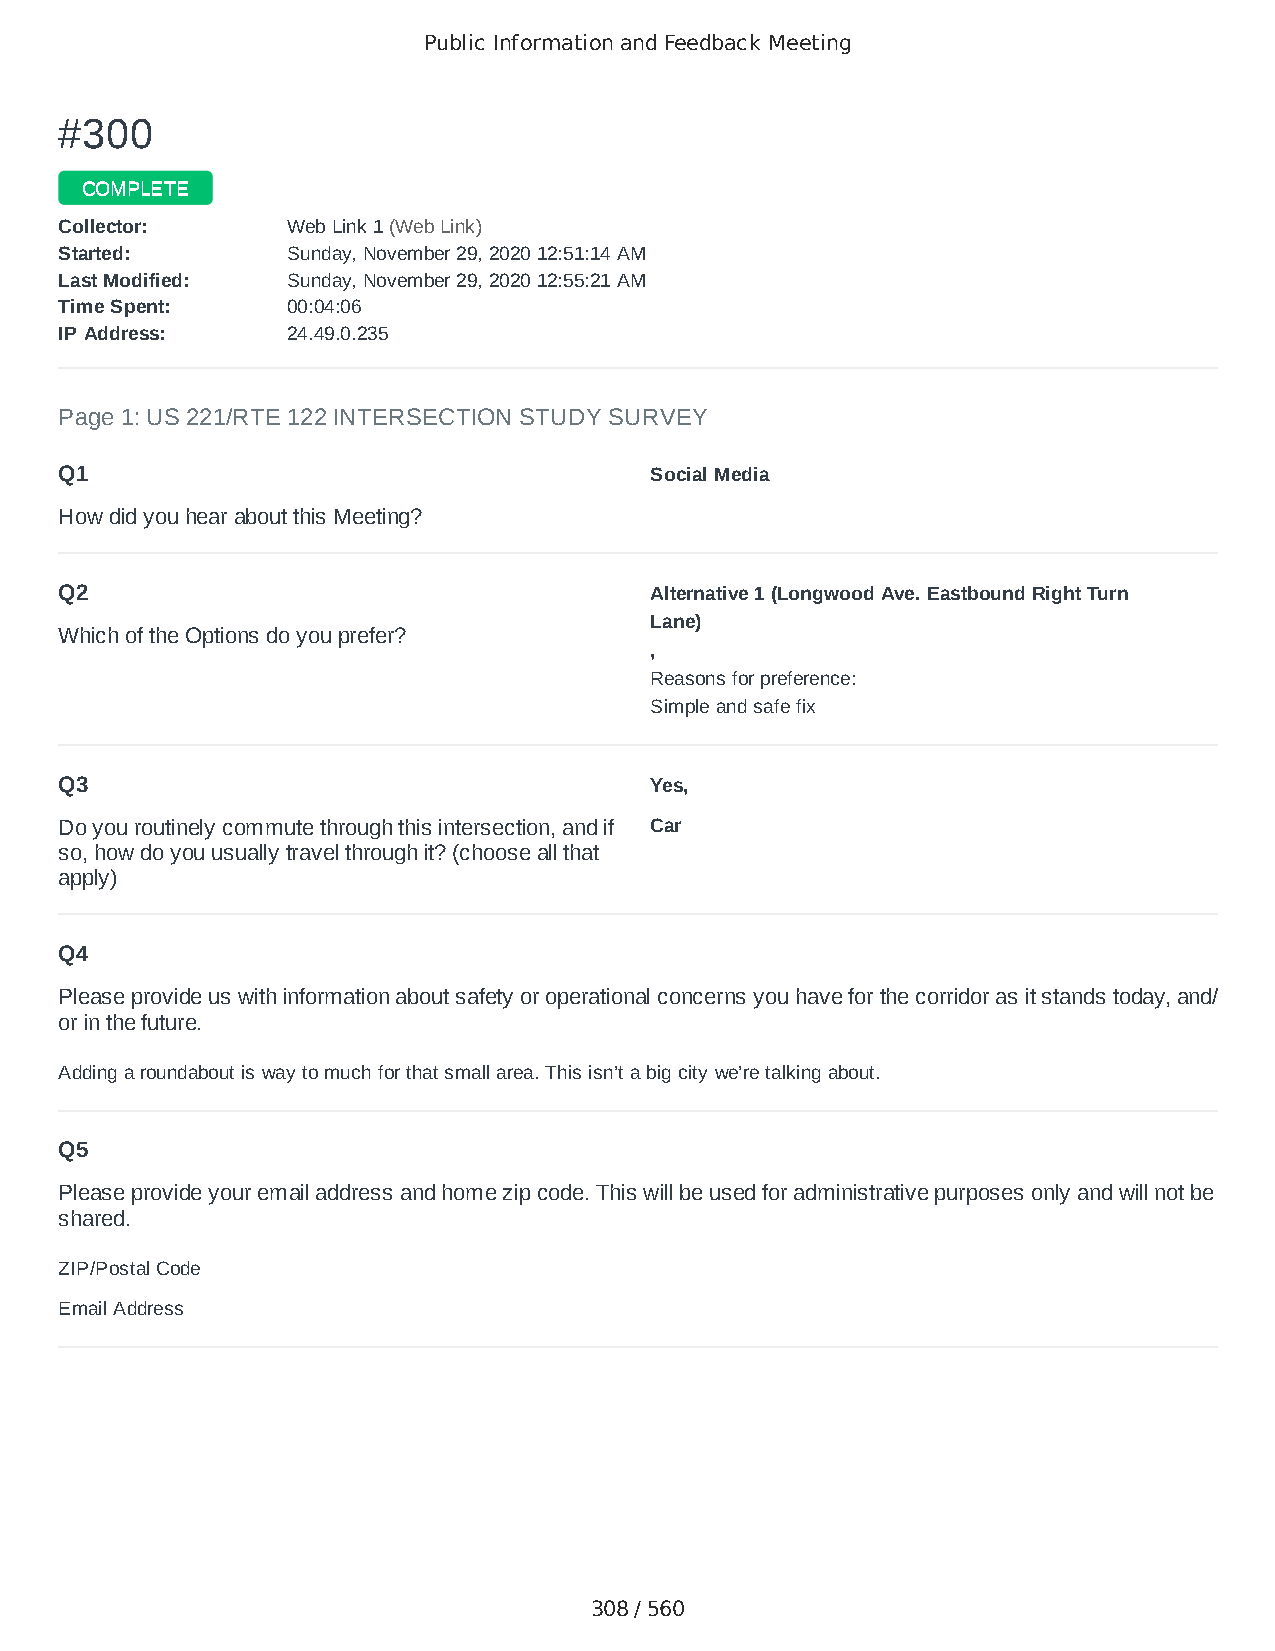
Public Information and Feedback Meeting
 ##330000
 CCOOMMPPLLEETTEE
 CCoolllleeccttoorr:: WWeebb LLiinnkk 11 ((WWeebb LLiinnkk))
 SSttaarrtteedd:: SSuunnddaayy,, NNoovveemmbbeerr 2299,, 22002200 1122::5511::1144 AAMM
 LLaasstt MMooddiiffiieedd:: SSuunnddaayy,, NNoovveemmbbeerr 2299,, 22002200 1122::5555::2211 AAMM
 TTiimmee SSppeenntt:: 0000::0044::0066
 IIPP AAddddrreessss:: 2244..4499..00..223355
 Page 1: US 221/RTE 122 INTERSECTION STUDY SURVEY
 Q1                                     Social Media
 How did you hear about this Meeting?
 Q2                                     Alternative 1 (Longwood Ave. Eastbound Right Turn
 Lane)
 Which of the Options do you prefer?
 ,
 Reasons for preference:
 Simple and safe fix
 Q3                                     Yes,
 Do you routinely commute through this intersection, and if Car
 so, how do you usually travel through it? (choose all that
 apply)
 Q4
 Please provide us with information about safety or operational concerns you have for the corridor as it stands today, and/
 or in the future.
 Adding a roundabout is way to much for that small area. This isn’t a big city we’re talking about.
 Q5
 Please provide your email address and home zip code. This will be used for administrative purposes only and will not be
 shared.
 ZIP/Postal Code                        24523
 Email Address                          cjscakery@gmail.com
 308 / 560